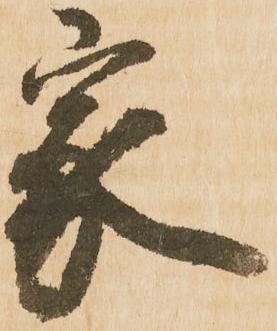
家